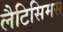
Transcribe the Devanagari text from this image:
लैटिसिमस